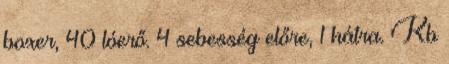
boxer, 40 lóerő. 4 sebesség előre, 1 hátra. Kb